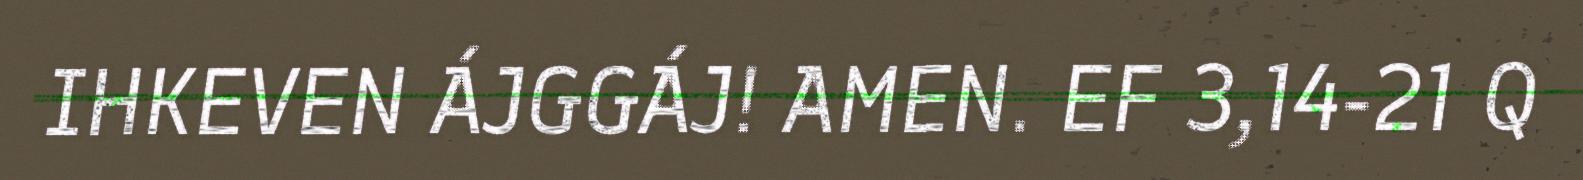
IHKEVEN ÁJGGÁJ! AMEN. EF 3,14-21 Q